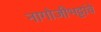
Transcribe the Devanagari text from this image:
नागोजीभट्टांचे